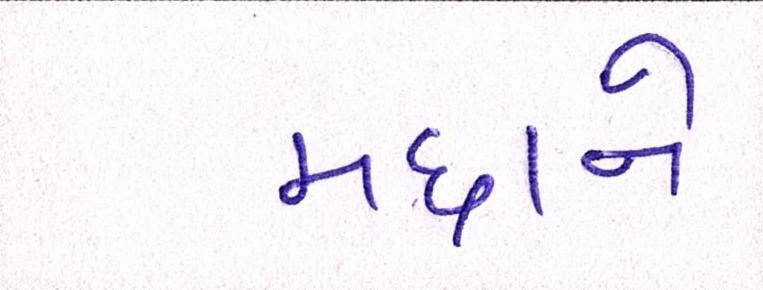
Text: મદ્દાને